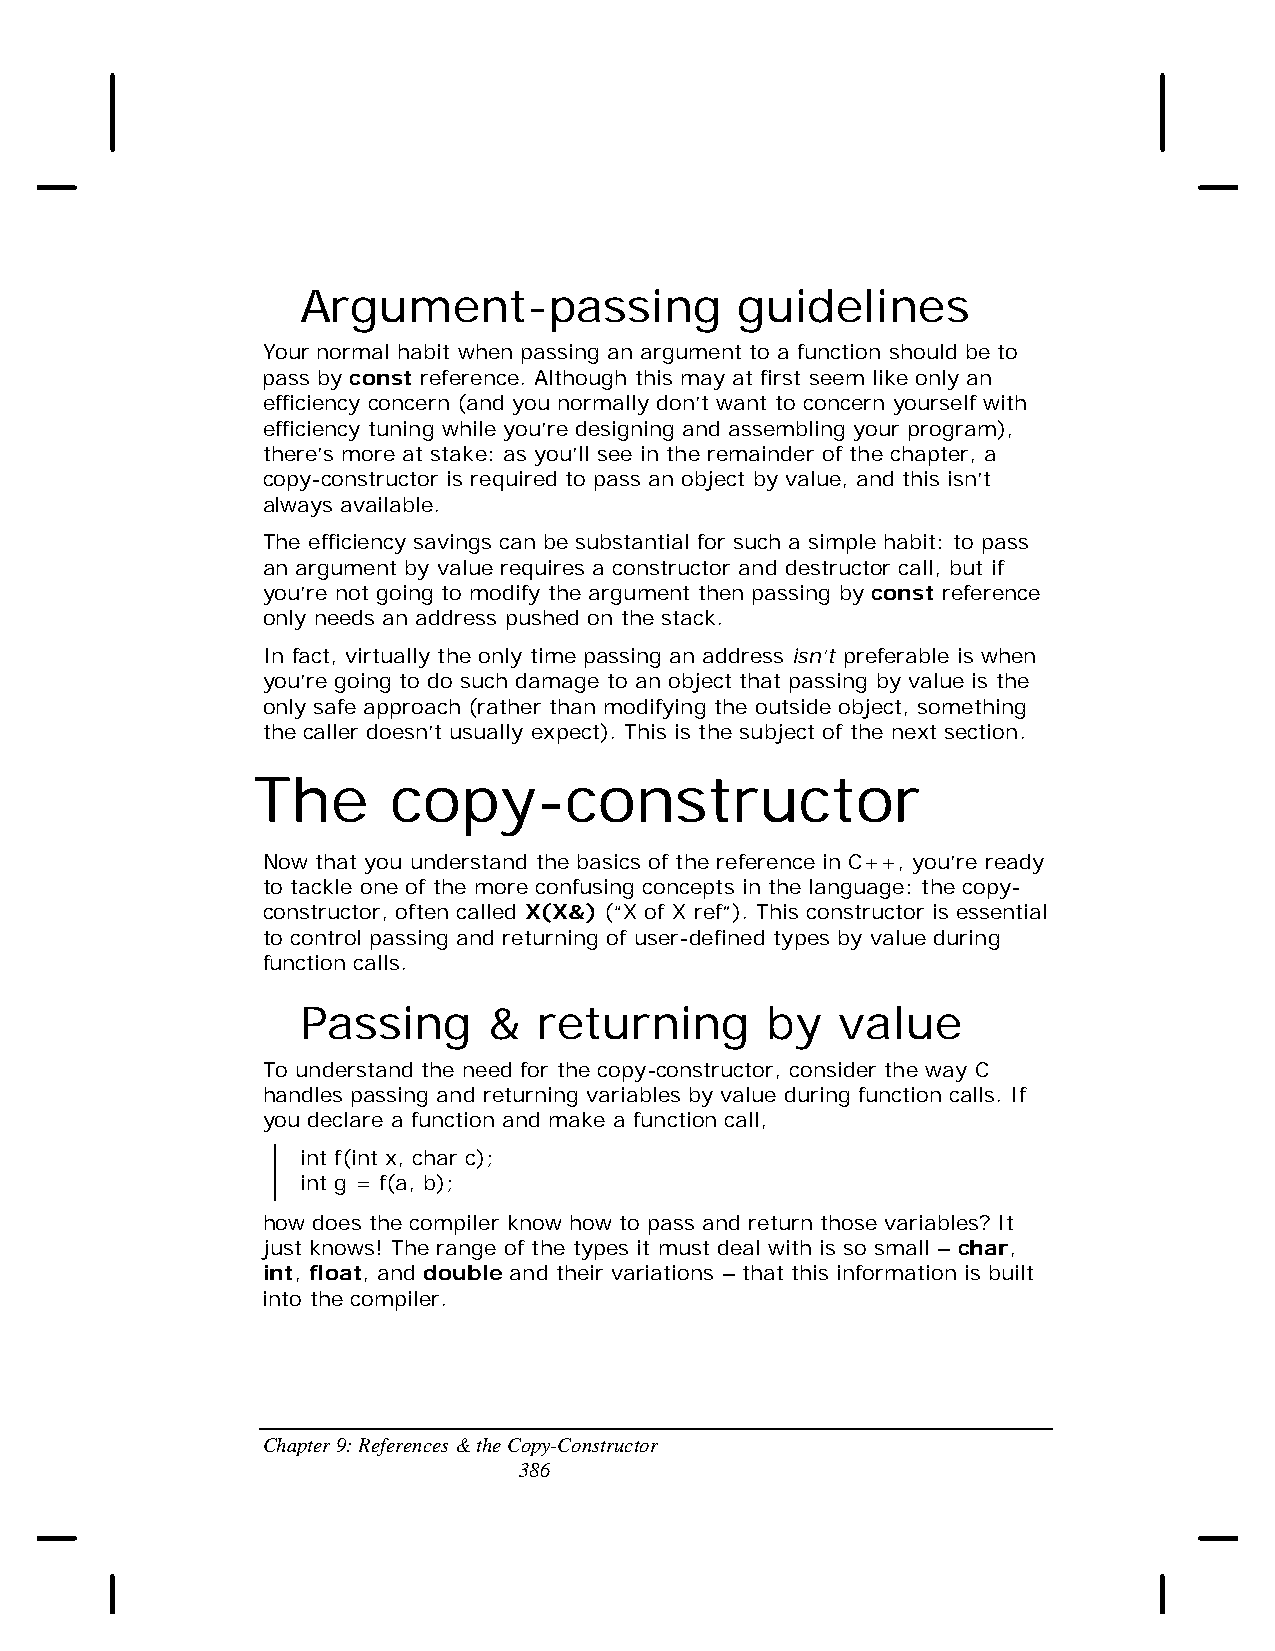
Argument-passing             guidelines
 Your normal habit when passing an argument to a function should be to
 pass by const reference. Although this may at first seem like only an
 efficiency concern (and you normally don’t want to concern yourself with
 efficiency tuning while you’re designing and assembling your program),
 there’s more at stake: as you’ll see in the remainder of the chapter, a
 copy-constructor is required to pass an object by value, and this isn’t
 always available.
 The efficiency savings can be substantial for such a simple habit: to pass
 an argument by value requires a constructor and destructor call, but if
 you’re not going to modify the argument then passing by const reference
 only needs an address pushed on the stack.
 In fact, virtually the only time passing an address isn’t preferable is when
 you’re going to do such damage to an object that passing by value is the
 only safe approach (rather than modifying the outside object, something
 the caller doesn’t usually expect). This is the subject of the next section.
 The      copy-constructor
 Now that you understand the basics of the reference in C++, you’re ready
 to tackle one of the more confusing concepts in the language: the copy-
 constructor, often called X(X&) (“X of X ref”). This constructor is essential
 to control passing and returning of user-defined types by value during
 function calls.
 Passing     &   returning      by   value
 To understand the need for the copy-constructor, consider the way C
 handles passing and returning variables by value during function calls. If
 you declare a function and make a function call,
 int f(int x, char c);
 int g = f(a, b);
 how does the compiler know how to pass and return those variables? It
 just knows! The range of the types it must deal with is so small – char,
 int, float, and double and their variations – that this information is built
 into the compiler.
 Chapter 9: References & the Copy-Constructor
 386